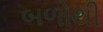
બળોથી